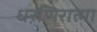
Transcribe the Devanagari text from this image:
धरणिरात्मा